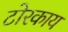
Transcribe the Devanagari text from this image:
टोरकाय